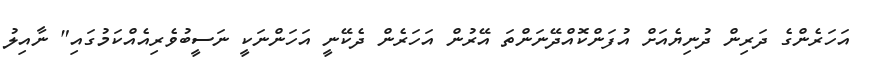
އަހަރެންގެ ދަރިން ދުނިޔެއަށް އުފަންކޮއްދޭނަންތަ އޭރުން އަހަރެން ދެކޭނީ އަހަންނަކީ ނަސީބުވެރިއެއްކަމުގައި" ނާއިލު